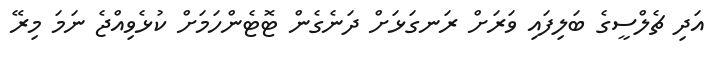
އަދި ޗެލްސީގެ ބަލިފައި ވަރަށް ރަނގަޅަށް ދަނެގެން ޓޮޓެންހަމަށް ކުޅެވިއްޖެ ނަމަ މިރޭ